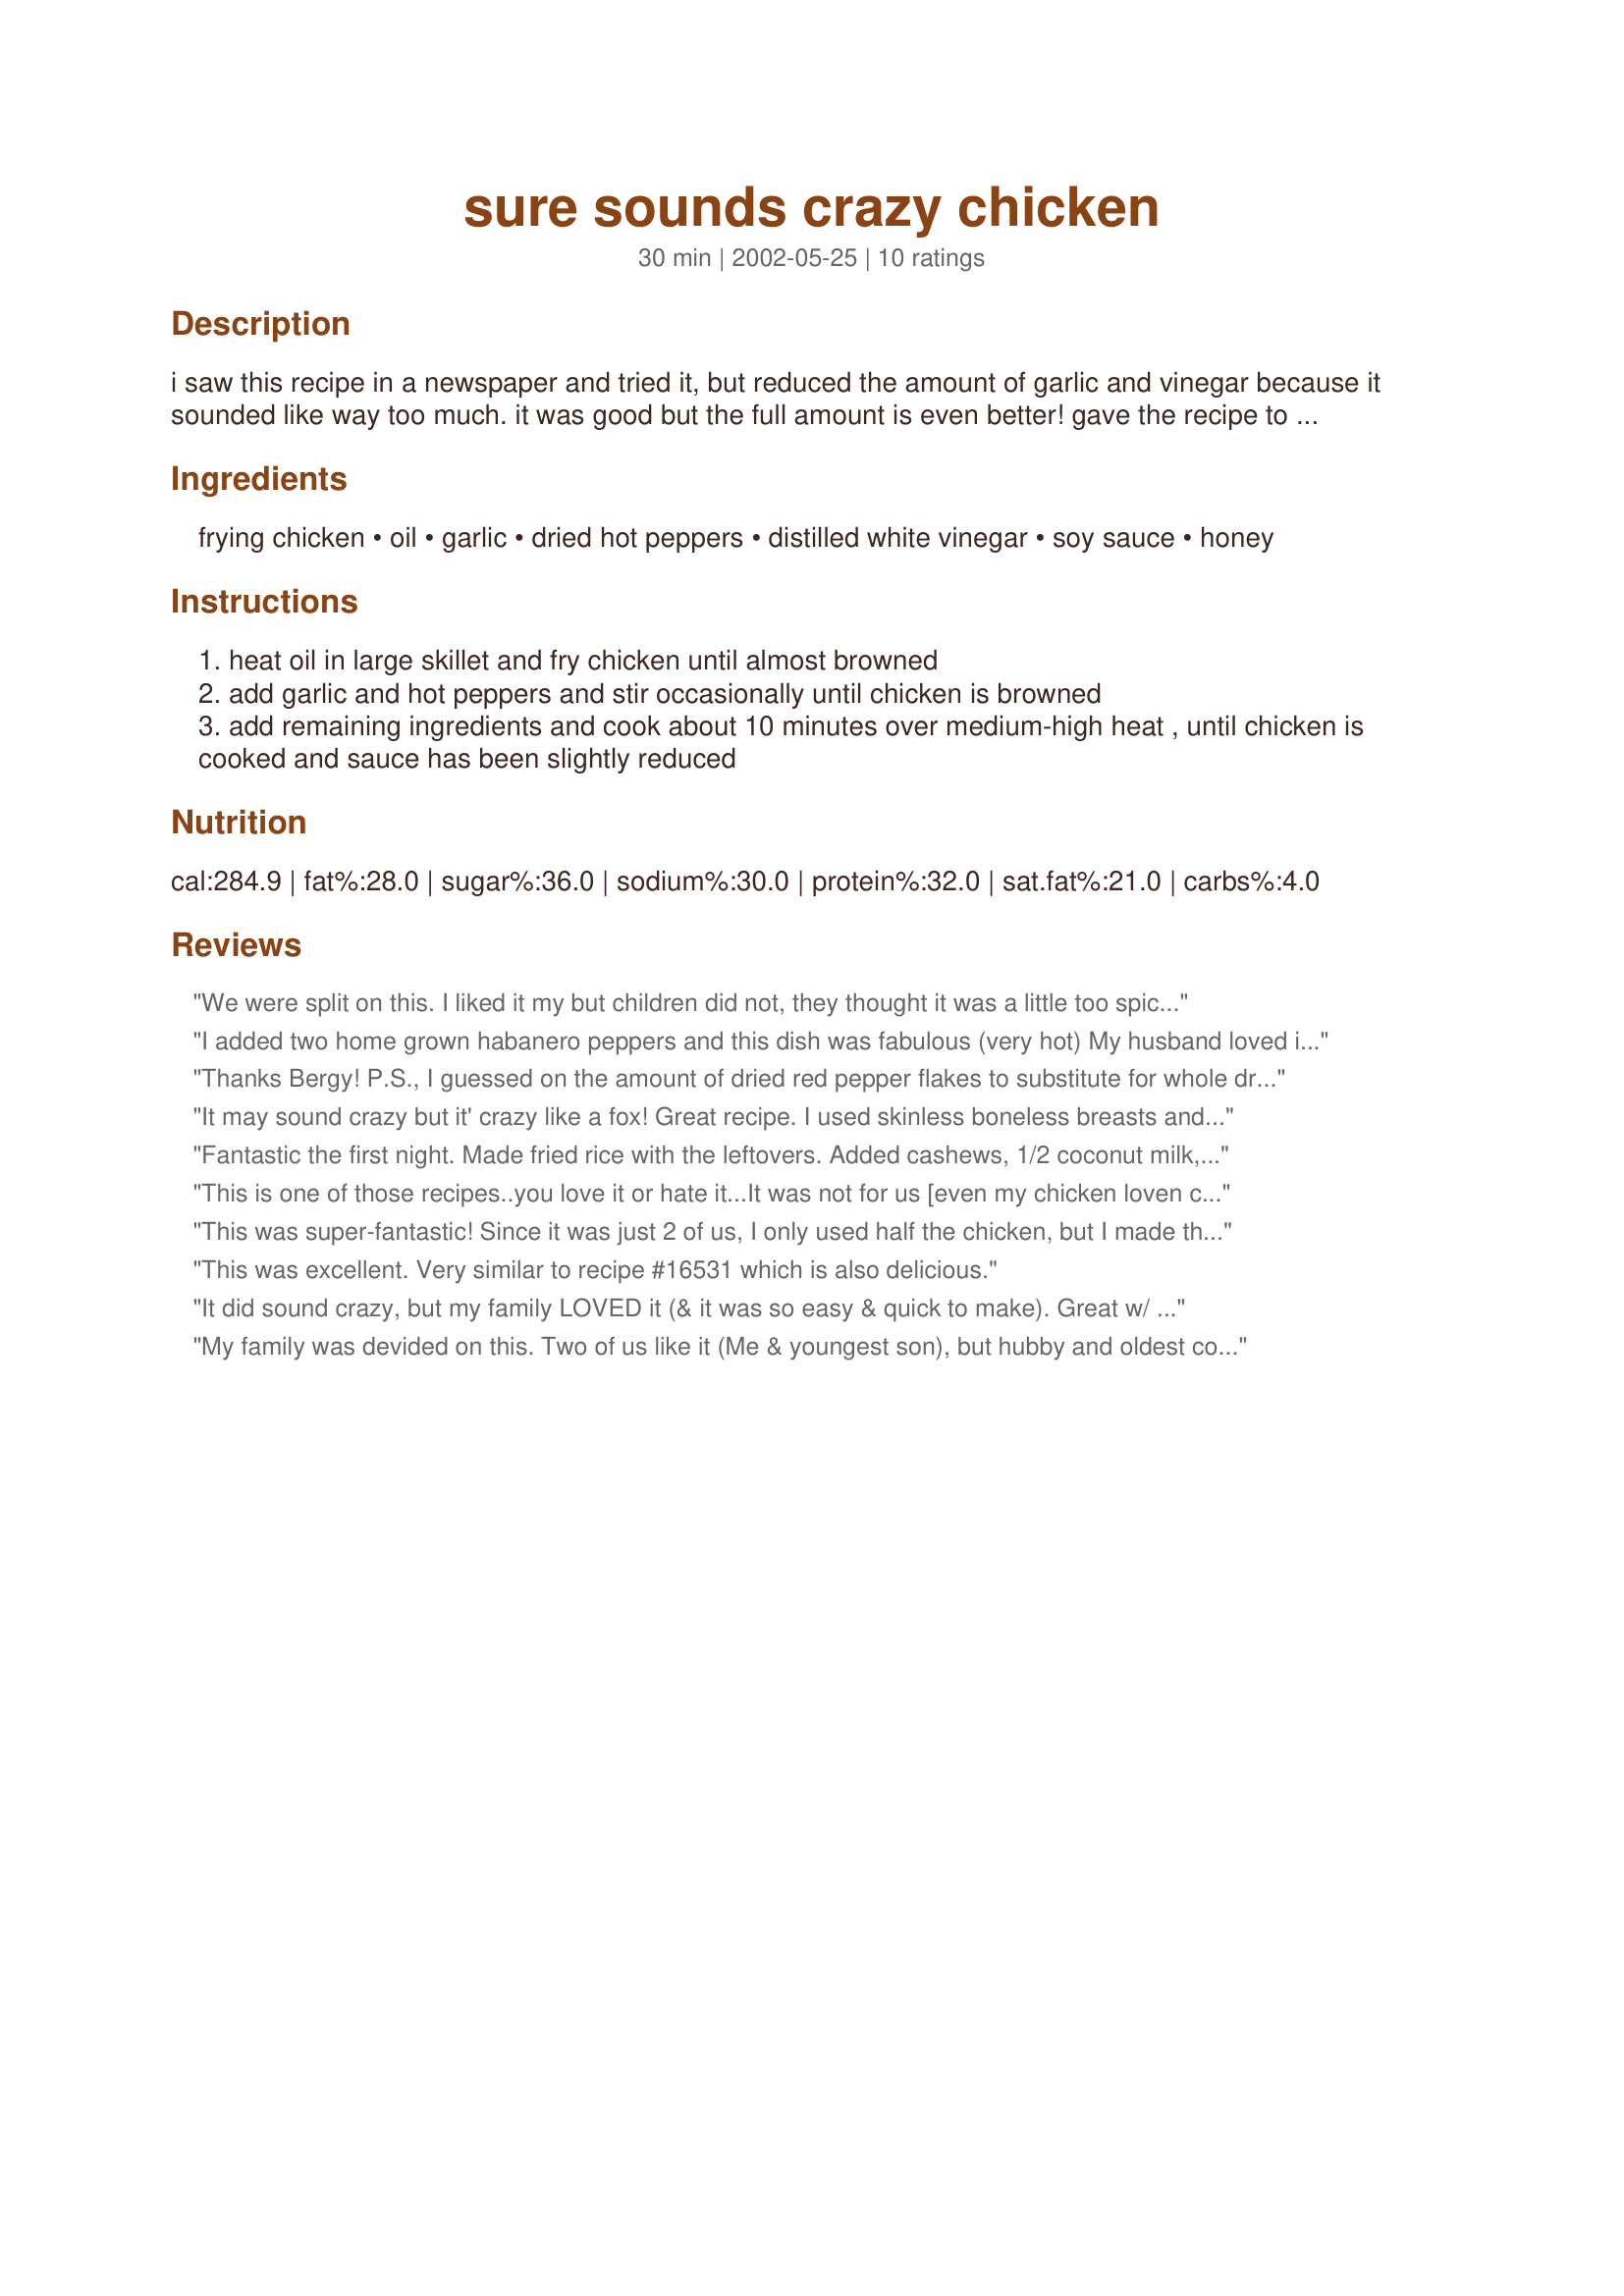
sure sounds crazy chicken
Preparation time: 30 minutes

i saw this recipe in a newspaper and tried it, but reduced the amount of garlic and vinegar because it sounded like way too much. it was good but the full amount is even better! gave the recipe to my sister and she loved it; she still calls and asks me to repeat it now and then when she can't find it. my original is old and yellowed by now; hopefully this will preserve it. (the recipe had been called 'kelly's asian chicken' in the dayton daily news.)

Ingredients:
frying chicken, oil, garlic, dried hot peppers, distilled white vinegar, soy sauce, honey

Steps:
heat oil in large skillet and fry chicken until almost browned
add garlic and hot peppers and stir occasionally until chicken is browned
add remaining ingredients and cook about 10 minutes over medium-high heat , until chicken is cooked and sauce has been slightly reduced

Reviews:
We were split on this. I liked it my but children did not, they thought it was a little too spicy. I used about 1 teaspoon of pepper flakes. The sauce is good and I like using the whole chicken, I think it tastes better on the bones. Thank you.
I added two home grown habanero peppers and this dish was fabulous (very hot) My husband loved it, but too hot for the children...:)
Thanks Bergy!
P.S., I guessed on the amount of dried red pepper flakes to substitute for whole dried peppers since I would normally just shake some in...if you don't like it hot and/or your pepper flakes are real hot, reduce the amount accordingly. (Or go for the gusto and have lots of fresh milk available...)
It may sound crazy but it' crazy like a fox! Great recipe. I used skinless boneless breasts and they were absolutely excellent. You are right use all the vinegar. I serve the breasts with Baked potatoes (the extra sauce was mashed into the potatoes Mmm), Roasted asparagus,broiled onions and baking stone carrots - what a great meat Thanks Cheryl
Fantastic the first night. Made fried rice with the leftovers. Added cashews, 1/2 coconut milk, and pineapple chunks for a great fried rice. I have only made it once, but when I took the leftovers to work for lunch, had several requests for the recipe. 
Thanks so much!!!
This is one of those recipes..you love it or hate it...It was not for us [even my chicken loven cat would not eat it] But this is just our taste.
Tip!!!If you want to brave it, brown chicken
very well about till done..than proceed..other
wise garlic & peppers burn.
This was super-fantastic! Since it was just 2 of us, I only used half the chicken, but I made the same amount of sauce, which was very good over rice. I could not believe how fast and easy this was, the sauce formed a nice glaze on the chicken and the garlic, well, you can't ever have too much garlic! I made Rise's spicy garlic broccoli to go with it. A true garlic lover's meal.
This was excellent. Very similar to recipe #16531 which is also delicious.
It did sound crazy, but my family LOVED it (& it was so easy & quick to make). Great w/ steamed rice. Definitely will make again.
My family was devided on this. Two of us like it (Me & youngest son), but hubby and oldest coundn't even swallow their first bites, lol
I liked the tang of it.
